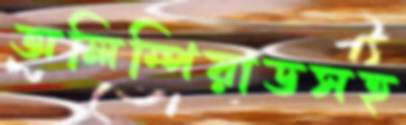
অলিম্পিয়াডসহ